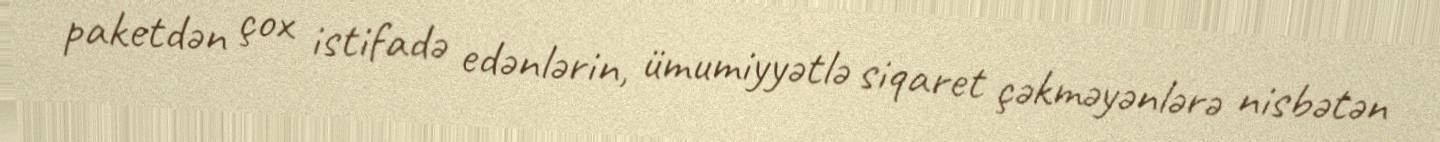
paketdən çox istifadə edənlərin, ümumiyyətlə siqaret çəkməyənlərə nisbətən